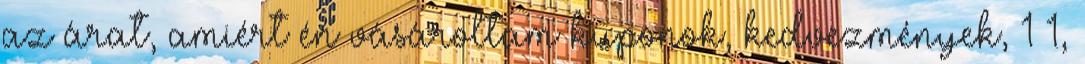
az árat, amiért én vásároltam kuponok, kedvezmények, 1 1,